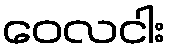
ဝေလငါး